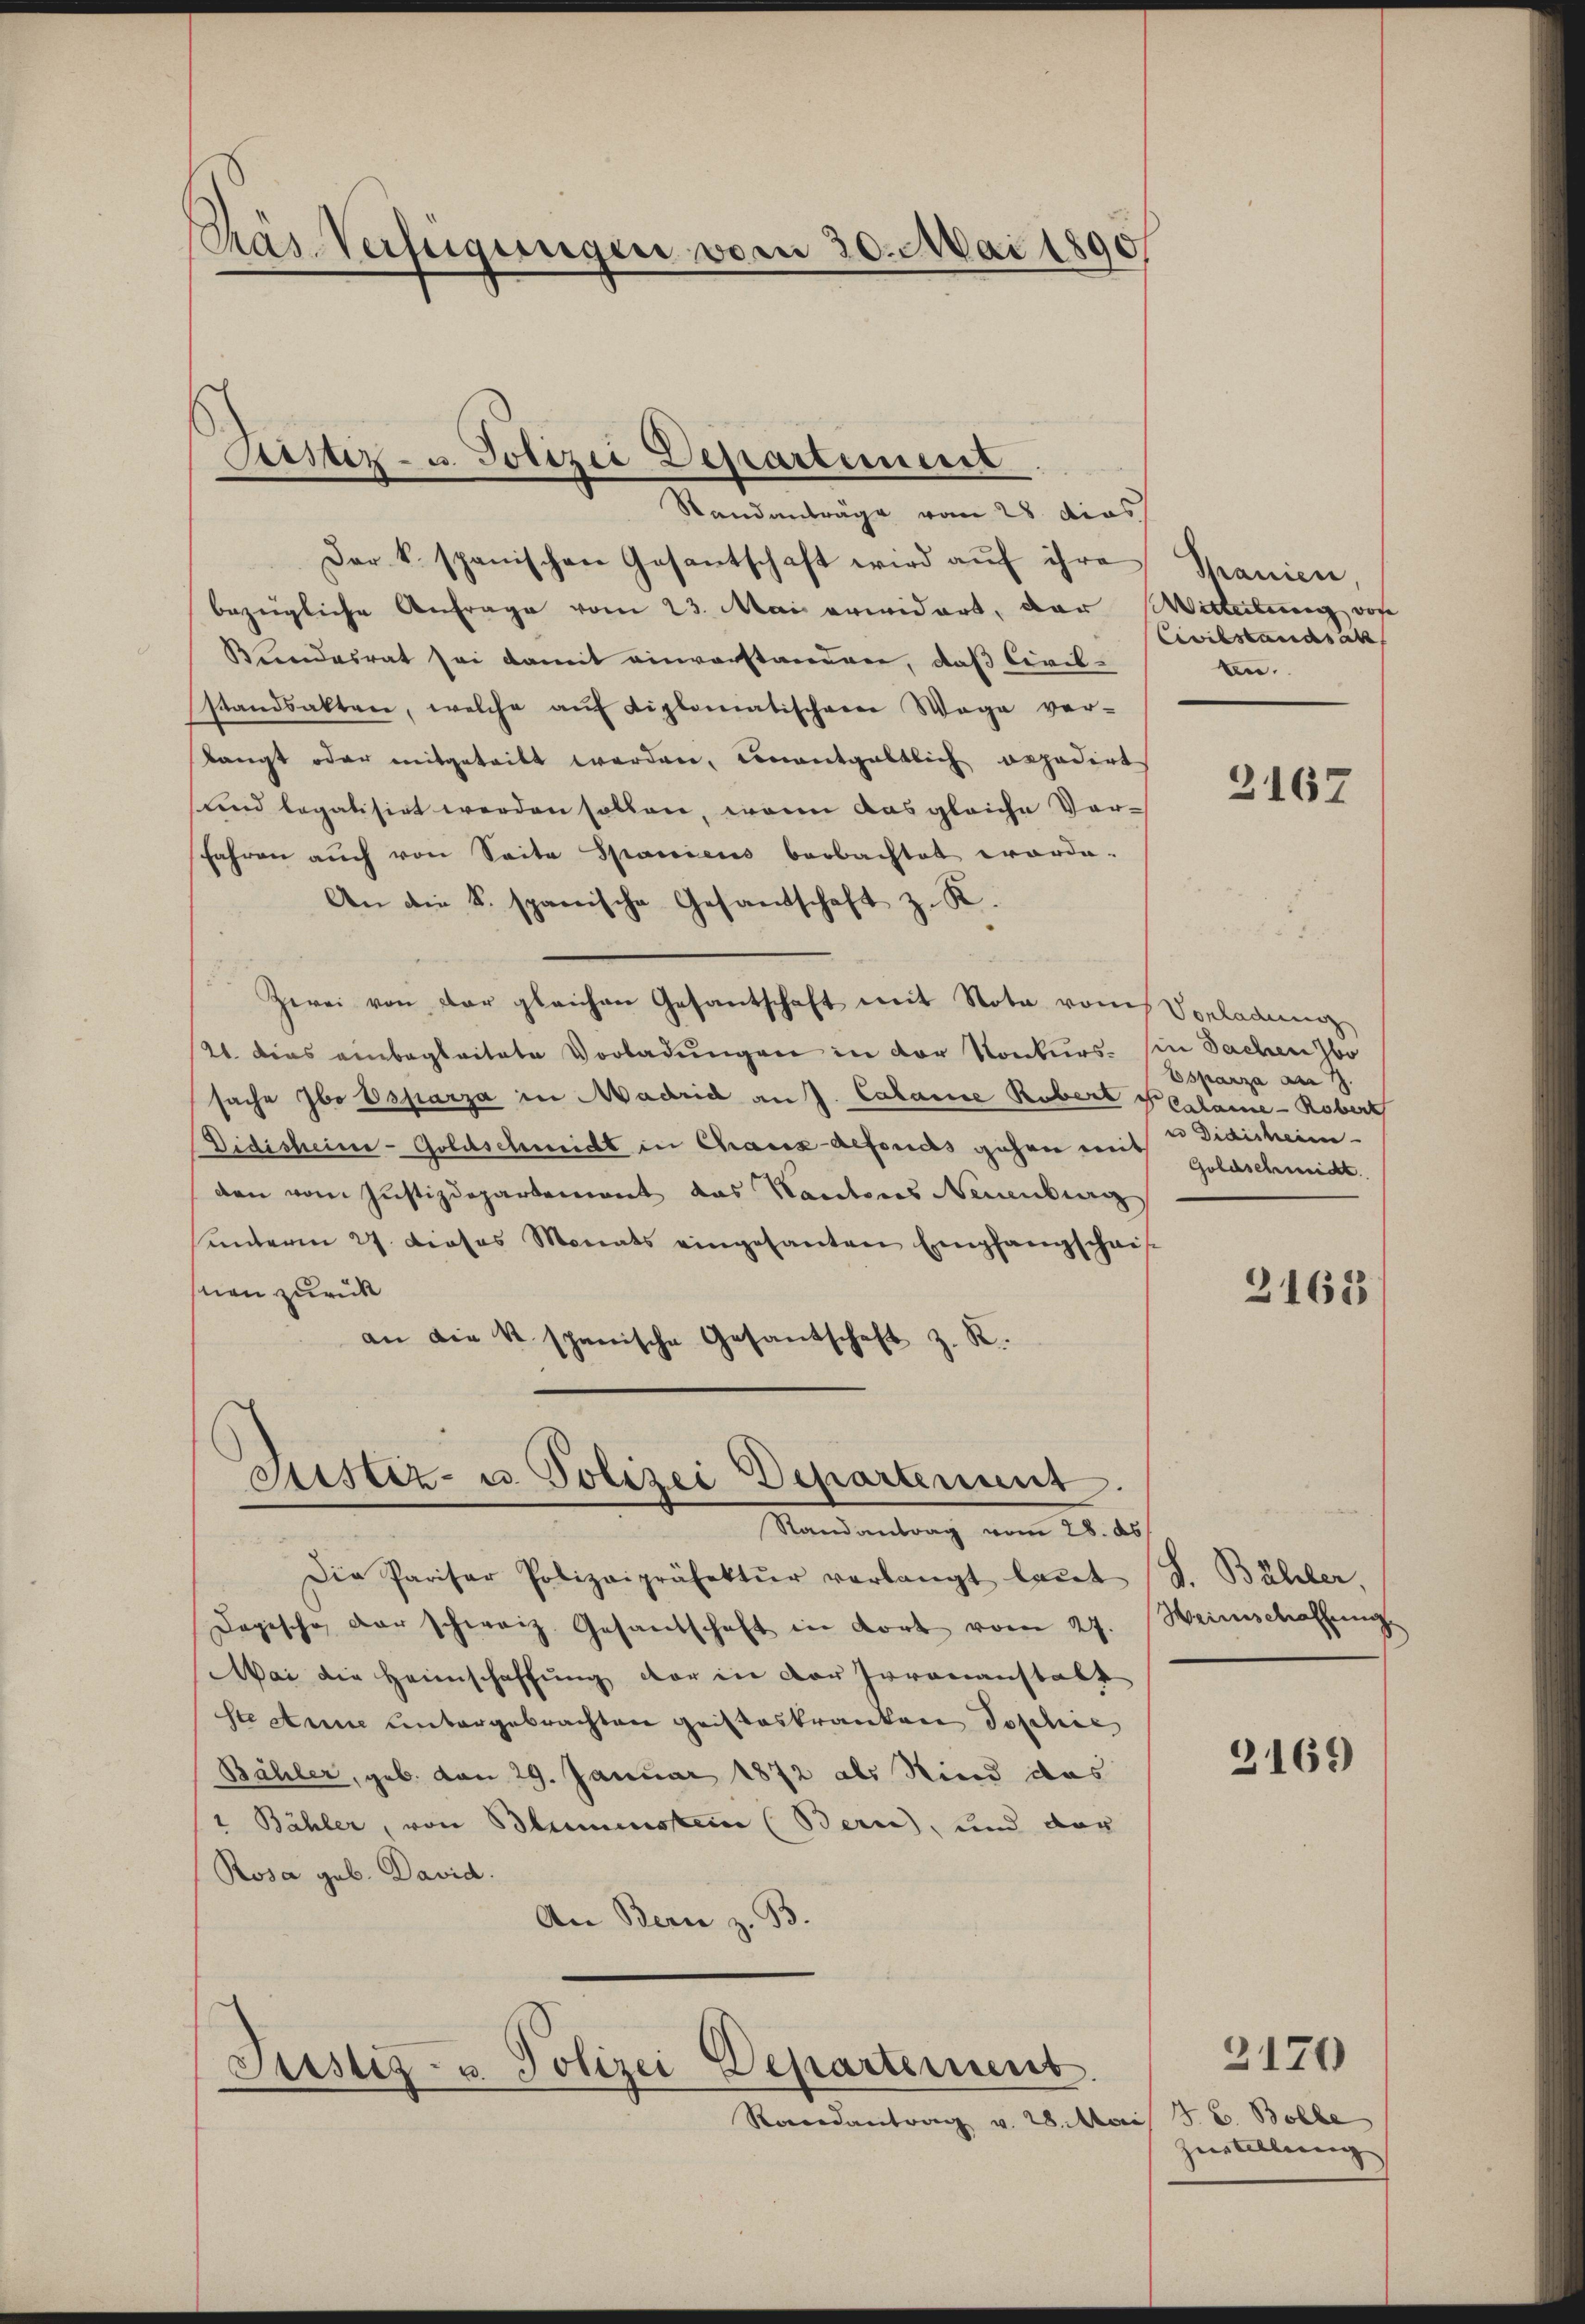
Päs-Verfügungen vom 30. Mai 1890

Pustiz- u. Polizei Departement

Standanträge vom 28. dies
Der k. spanischen Gesantschaft wird aŭf ihre Spanicie
bezügliche Anfrage vom 23. Mai erwidert, dar
Bundesrat sei damit einvorstanderen, daß Civil-
standsakten, welche auf diplomatischerer Wege ver-
tangt oder mitgeteilt worden, einentgeltlich expedirt
und legatisirt werden sollen, wenn das gleiche Vorfahren auch von Seite Spaniens beobachtet worde.
An die k. spanische Gesandschaft z. R.
Zwei von der gleichen Gesantschaft mit Nota vom
21. Dies einbegleitete Vorladungen in der Konkurssache Ibo Esparza in Madrid an J. Calame Robert PGalame-Robert
Didischeine-Goldschmidt in Chaux-Aefonds gehen mit
den vom Justizdepartement das Kantons Neuenburg
unterm 27. Dieses Monats eingesanten Empfangschnis
snien zurück
an die u. spanische Gesantschaft z. R.

Sistiz- u. Polizei Departinius
Randantrag vom 28. ds.

Justiz- u. Polizei Departement.

Randantrag v. 28. M

Die Pariser Polizeipräfektŭr verlangt laŭt (S. Bähler,
Dogische der schweiz. Gesandschaft in dort vom 27. Weinschaffung
Mai die Heimschaffung der in der Irrenanstalt
ste Anne untergebrachten Gristeskranken Toschie
Bähler, geb. von 29. Januar 1872 als Kind das
1 Bähler, von Blumenstein (Bern, und der
Rosa geb. David.
An Bern z. B

Witteilung von
Civilstandsatz
n.

2167

Vorladung
in Sachen bo
Espanza am 17.
en Didischein
Goldschmidt

2163

2169

B. C. Bolle
Zertellung

2170